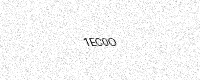
Text: 1EC0O